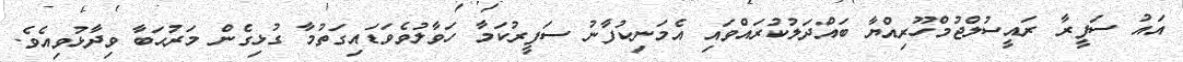
އައު ސަފީރާ ރައީސުލްޖުމްހޫރިއްޔާ ބައްދަލުކުރައްވައި އެމަނިކުފާނު ސަފީރުކަމާ ހަވާލުވެވަޑައިގަތުމާ ގުޅިގެން މަރުޙަބާ ވިދާޅުވިއެވެ.